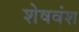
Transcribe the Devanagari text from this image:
शेषवंश